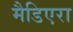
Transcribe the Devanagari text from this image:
मैडिएरा